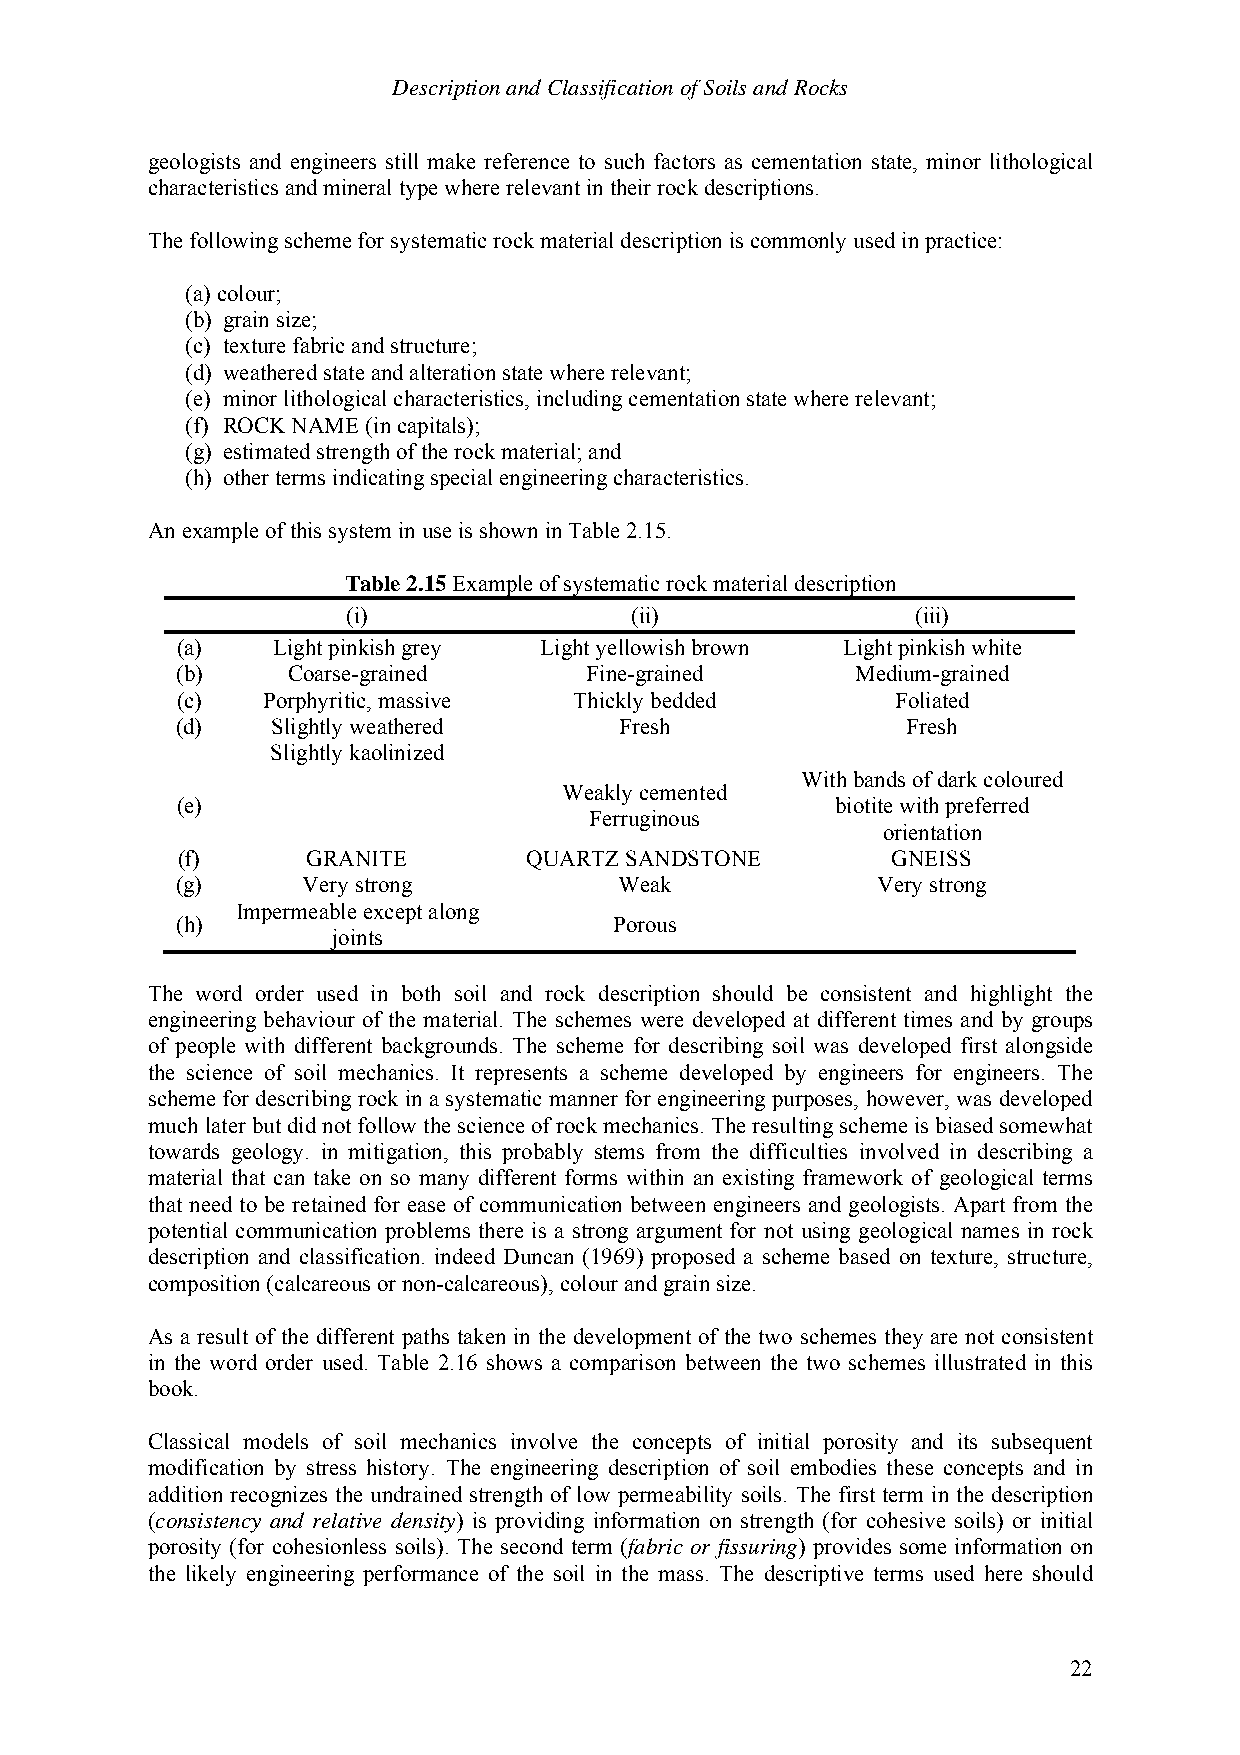
Description and Classification of Soils and Rocks
 geologists and engineers still make reference to such factors as cementation state, minor lithological
 characteristics and mineral type where relevant in their rock descriptions.
 The following scheme for systematic rock material description is commonly used in practice:
 (a) colour;
 (b) grain size;
 (c) texture fabric and structure;
 (d) weathered state and alteration state where relevant;
 (e) minor lithological characteristics, including cementation state where relevant;
 (f) ROCK NAME (in capitals);
 (g) estimated strength of the rock material; and
 (h) other terms indicating special engineering characteristics.
 An example of this system in use is shown in Table 2.15.
 Table 2.15 Example of systematic rock material description
 (i)                (ii)               (iii)
 (a)   Light pinkish grey Light yellowish brown Light pinkish white
 (b)    Coarse-grained      Fine-grained      Medium-grained
 (c)  Porphyritic, massive Thickly bedded       Foliated
 (d)   Slightly weathered     Fresh              Fresh
 Slightly kaolinized
 With bands of dark coloured
 Weakly cemented
 (e)                                        biotite with preferred
 Ferruginous
 orientation
 (f)     GRANITE        QUARTZ SANDSTONE        GNEISS
 (g)     Very strong          Weak             Very strong
 Impermeable except along
 (h)                          Porous
 joints
 The word order used in both soil and rock description should be consistent and highlight the
 engineering behaviour of the material. The schemes were developed at different times and by groups
 of people with different backgrounds. The scheme for describing soil was developed first alongside
 the science of soil mechanics. It represents a scheme developed by engineers for engineers. The
 scheme for describing rock in a systematic manner for engineering purposes, however, was developed
 much later but did not follow the science of rock mechanics. The resulting scheme is biased somewhat
 towards geology. in mitigation, this probably stems from the difficulties involved in describing a
 material that can take on so many different forms within an existing framework of geological terms
 that need to be retained for ease of communication between engineers and geologists. Apart from the
 potential communication problems there is a strong argument for not using geological names in rock
 description and classification. indeed Duncan (1969) proposed a scheme based on texture, structure,
 composition (calcareous or non-calcareous), colour and grain size.
 As a result of the different paths taken in the development of the two schemes they are not consistent
 in the word order used. Table 2.16 shows a comparison between the two schemes illustrated in this
 book.
 Classical models of soil mechanics involve the concepts of initial porosity and its subsequent
 modification by stress history. The engineering description of soil embodies these concepts and in
 addition recognizes the undrained strength of low permeability soils. The first term in the description
 (consistency and relative density) is providing information on strength (for cohesive soils) or initial
 porosity (for cohesionless soils). The second term (fabric or fissuring) provides some information on
 the likely engineering performance of the soil in the mass. The descriptive terms used here should
 22